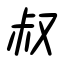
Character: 叔